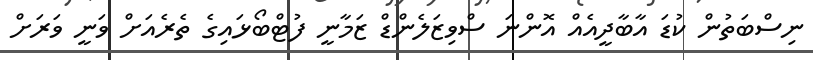
ނިސްބަތުން ކުޑަ އާބާދީއެއް އޮންނަ ސްވިޒަލެންޑް ޒަމާނީ ފުޓްބޯޅައިގެ ތެރެއަށް ވަނީ ވަރަށް